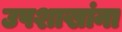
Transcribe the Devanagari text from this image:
उपशाखांना